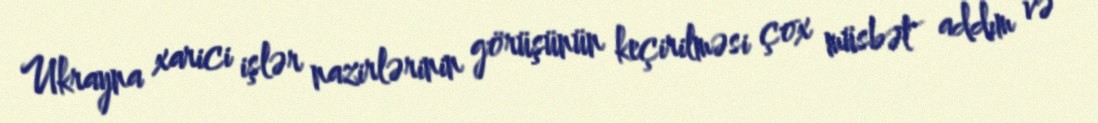
Ukrayna xarici işlər nazirlərinin görüşünün keçirilməsi çox müsbət addım və